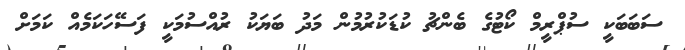
ސަބަބަކީ ސުޕްރީމް ކޯޓުގެ ބެންޗު ކުޑަކުރުމުން މަދު ބަޔަކު ރުއްސުމަކީ ފަސޭހަކަމެއް ކަމަށް